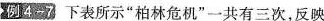
例4-7下表所示”柏林危机”一共有三次，反映